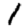
Digit: 1